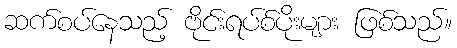
ဆက်စပ်နေသည့် ဗိုင်းရပ်စ်ပိုးများ ဖြစ်သည်။